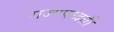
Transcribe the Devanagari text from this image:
राज्यपध्दती